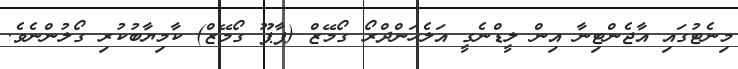
މިނެޓުގައި އާޖެންޓިނާ އިން ލީޑްނެގީ އަލެހަންދްރޯ ގޯމޭޒް (ޕާޕޫ ގޯމޭޒް) ކާމިޔާބުކުރި ގޯލުންނެވެ.